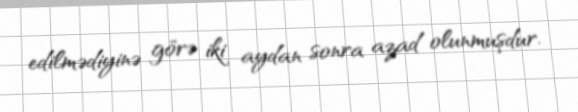
edilmədiyinə görə iki aydan sonra azad olunmuşdur.